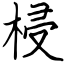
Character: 梫